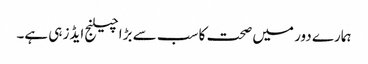
ہمارے دور میں صحت کا سب سے بڑا چیلنج ایڈز ہی ہے۔